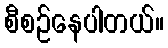
စီစဉ်နေပါတယ်။